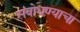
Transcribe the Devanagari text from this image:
संबोधण्याचा